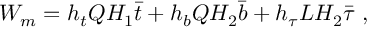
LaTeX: W _ { m } = h _ { t } Q H _ { 1 } \bar { t } + h _ { b } Q H _ { 2 } \bar { b } + h _ { \tau } L H _ { 2 } \bar { \tau } \ ,